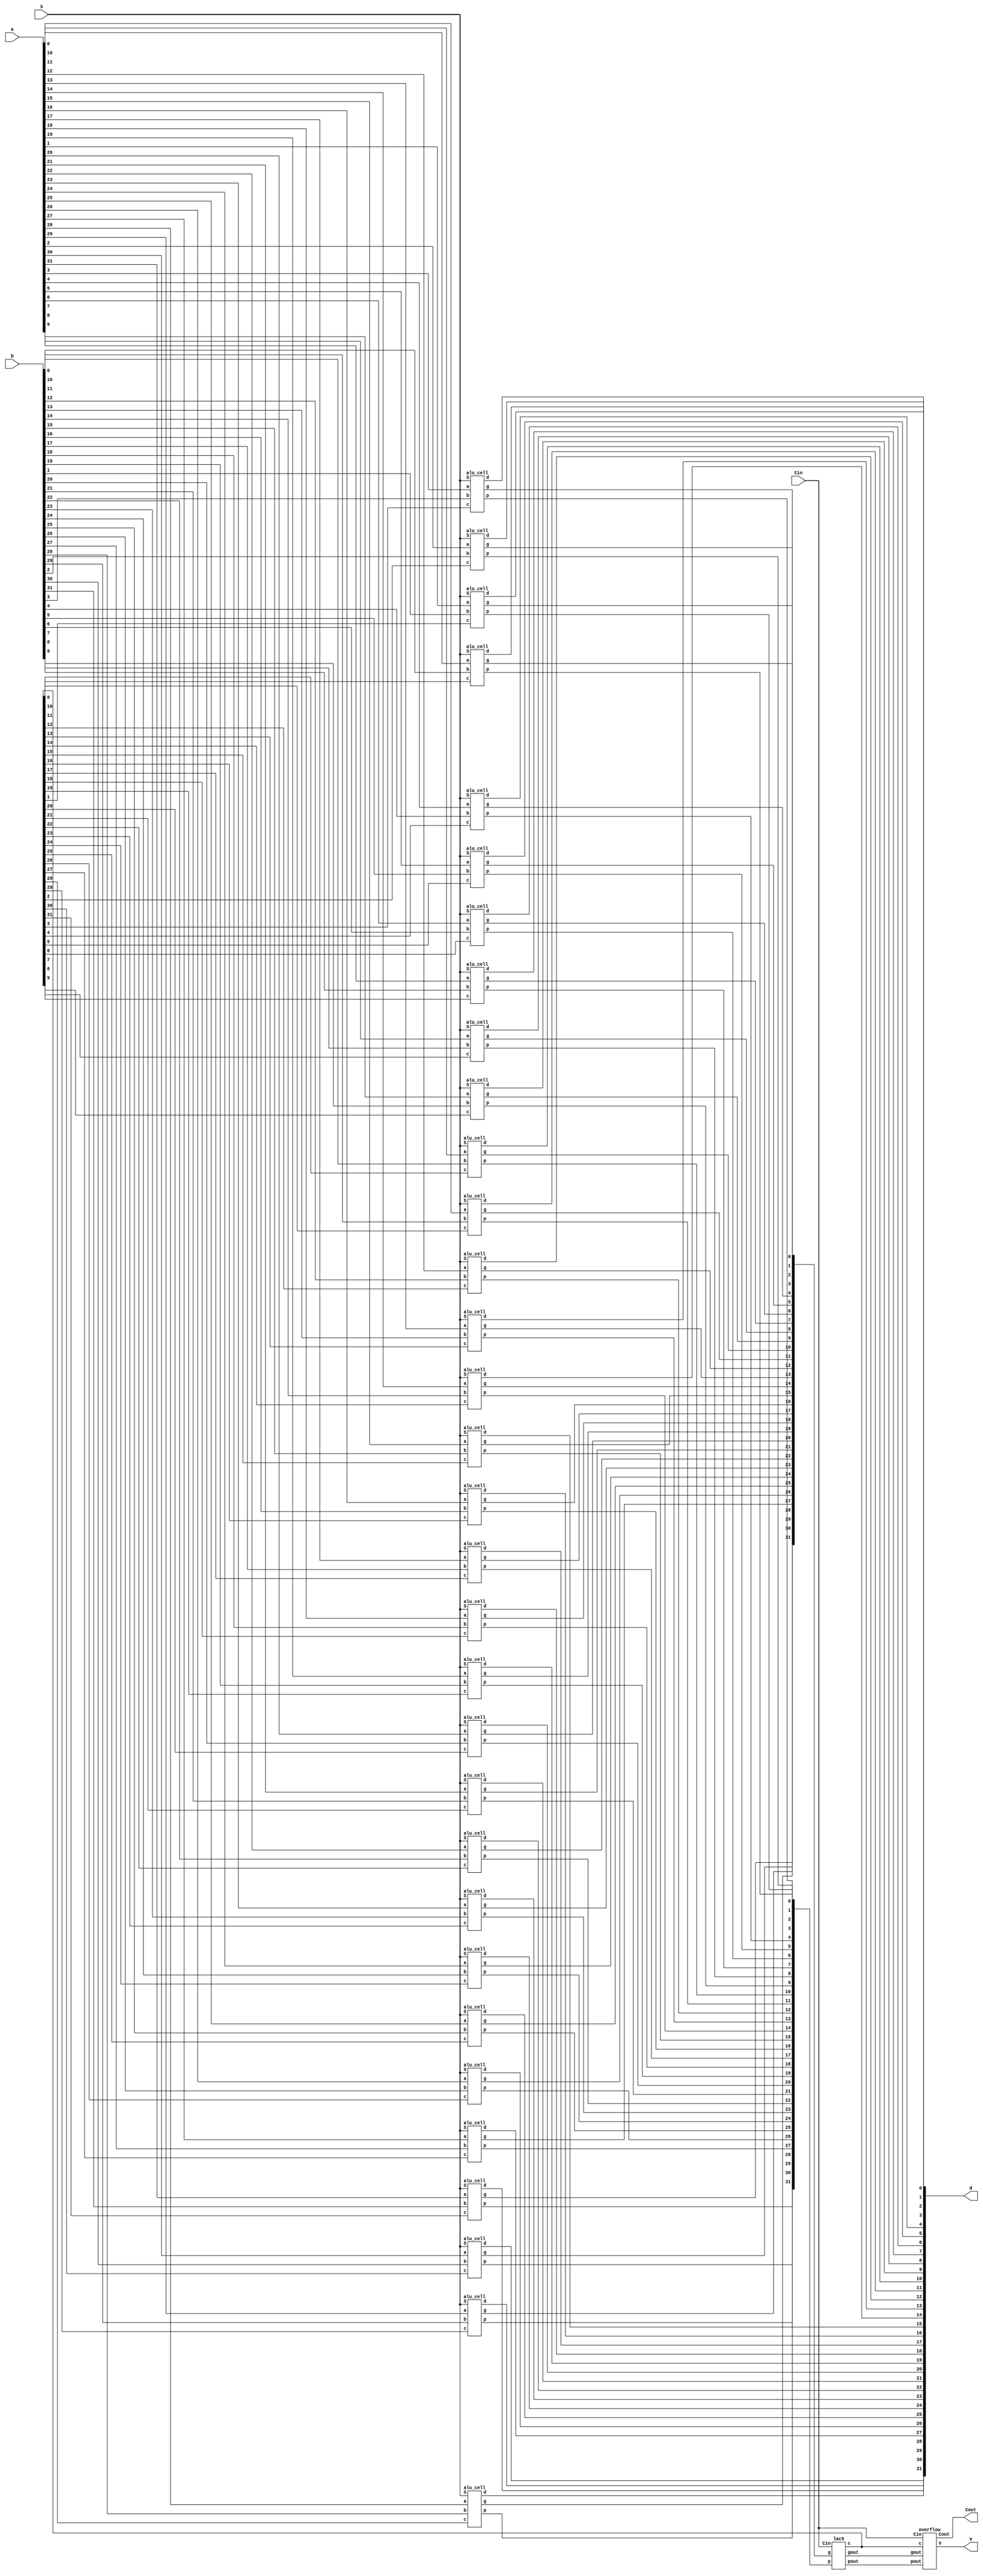
`timescale 1ns / 1ps
//////////////////////////////////////////////////////////////////////////////////
// Sam Bolduc and Aryan Mehrotra
// 
// Module Name: ALU
// Project Name: Assignment 5
//////////////////////////////////////////////////////////////////////////////////

module alu32 (d, Cout, V, a, b, Cin, S);
   output[31:0] d;
   output Cout, V;
   input [31:0] a, b;
   input Cin;
   input [2:0] S;
   
   wire [31:0] c, g, p;
   wire gout, pout;
   
   alu_cell alucell[31:0] (
      .d(d),
      .g(g),
      .p(p),
      .a(a),
      .b(b),
      .c(c),
      .S(S)
   );
   
   lac5 laclevel5(
      .c(c),
      .gout(gout),
      .pout(pout),
      .Cin(Cin),
      .g(g),
      .p(p)
   );

   overflow over(
      .c(c),
      .gout(gout),
      .pout(pout),
      .Cin(Cin),
      .Cout(Cout),
      .V(V)
   );   
  
endmodule


module alu_cell (d, g, p, a, b, c, S);
   output d, g, p;
   input a, b, c;
   input [2:0] S;      
   reg g,p,d,cint,bint;
     
   always @(a,b,c,S,p,g) begin 
     bint = S[0] ^ b;
     g = a & bint;
     p = a ^ bint;
     cint = S[1] & c;
    
	 //expand this module to handle S[2]
     if(S[2] == 0) 
        begin 
            d = p ^ cint;
        end
     else if (S[2] == 1)
        begin
            if(S[1] == 0 && S[0] == 0) 
                begin 
                    d = a | b;
                end
            else if(S[1] == 0 && S[0] == 1) 
                begin 
                    d = ~(a | b);
                end
            else if(S[1] == 1 && S[0] == 0) 
                begin 
                    d = a & b;
                end 
            else if(S[1] == 1 && S[0] == 1)
                begin
                    d = 0; 
                end
         end
    end 
endmodule


module overflow (c, gout, pout, Cin, Cout, V);
    input[31:0] c; 
    input gout, pout, Cin; 
    output Cout, V; 
    
    assign Cout = gout | (pout & Cin); 
    assign V = Cout ^ c[31]; 
endmodule


module lac(c, gout, pout, Cin, g, p);

   output [1:0] c;
   output gout;
   output pout;
   input Cin;
   input [1:0] g;
   input [1:0] p;

   assign c[0] = Cin;
   assign c[1] = g[0] | ( p[0] & Cin );
   assign gout = g[1] | ( p[1] & g[0] );
   assign pout = p[1] & p[0];
	
endmodule


module lac2 (c, gout, pout, Cin, g, p);
   output [3:0] c;
   output gout, pout;
   input Cin;
   input [3:0] g, p;
   
   wire [1:0] cint, gint, pint;
   
   lac leaf0(
      .c(c[1:0]),
      .gout(gint[0]),
      .pout(pint[0]),
      .Cin(cint[0]),
      .g(g[1:0]),
      .p(p[1:0])
   );
   
   lac leaf1(
      .c(c[3:2]),
      .gout(gint[1]),
      .pout(pint[1]),
      .Cin(cint[1]),
      .g(g[3:2]),
      .p(p[3:2])
   );
   
   lac root(
      .c(cint),
      .gout(gout),
      .pout(pout),
      .Cin(Cin),
      .g(gint),
      .p(pint)
   );
endmodule   


module lac3 (c, gout, pout, Cin, g, p);
   output [7:0] c;
   output gout, pout;
   input Cin;
   input [7:0] g, p;
   
   wire [1:0] cint, gint, pint;
   
   lac2 leaf0(
      .c(c[3:0]),
      .gout(gint[0]),
      .pout(pint[0]),
      .Cin(cint[0]),
      .g(g[3:0]),
      .p(p[3:0])
   );
   
   lac2 leaf1(
      .c(c[7:4]),
      .gout(gint[1]),
      .pout(pint[1]),
      .Cin(cint[1]),
      .g(g[7:4]),
      .p(p[7:4])
   );
   
   lac root(
      .c(cint),
      .gout(gout),
      .pout(pout),
      .Cin(Cin),
      .g(gint),
      .p(pint)
   );
endmodule


module lac4 (c, gout, pout, Cin, g, p);
    output [15:0] c;
    output gout, pout;
    input Cin;
    input [15:0] g, p;
    
    wire [1:0] cint, gint, pint;
    
    lac3 leaf0(
      .c(c[7:0]),
      .gout(gint[0]),
      .pout(pint[0]),
      .Cin(cint[0]),
      .g(g[7:0]),
      .p(p[7:0])
      );
      
    lac3 leaf1(
      .c(c[15:8]),
      .gout(gint[1]),
      .pout(pint[1]),
      .Cin(cint[1]),
      .g(g[15:8]),
      .p(p[15:8])
      );
      
    lac root(
      .c(cint),
      .gout(gout),
      .pout(pout),
      .Cin(Cin),
      .g(gint),
      .p(pint)
      ); 

endmodule


module lac5 (c, gout, pout, Cin, g, p);
    output [31:0] c;
    output gout, pout;
    input Cin;
    input [31:0] g, p;
    
    wire [1:0] cint, gint, pint;
    
    lac4 leaf0(
      .c(c[15:0]),
      .gout(gint[0]),
      .pout(pint[0]),
      .Cin(cint[0]),
      .g(g[15:0]),
      .p(p[15:0])
    );
    
    lac4 leaf1(
      .c(c[31:16]),
      .gout(gint[1]),
      .pout(pint[1]),
      .Cin(cint[1]),
      .g(g[31:16]),
      .p(p[31:16])
    );
    
    lac root(
      .c(cint),
      .gout(gout),
      .pout(pout),
      .Cin(Cin),
      .g(gint),
      .p(pint)
      ); 
endmodule